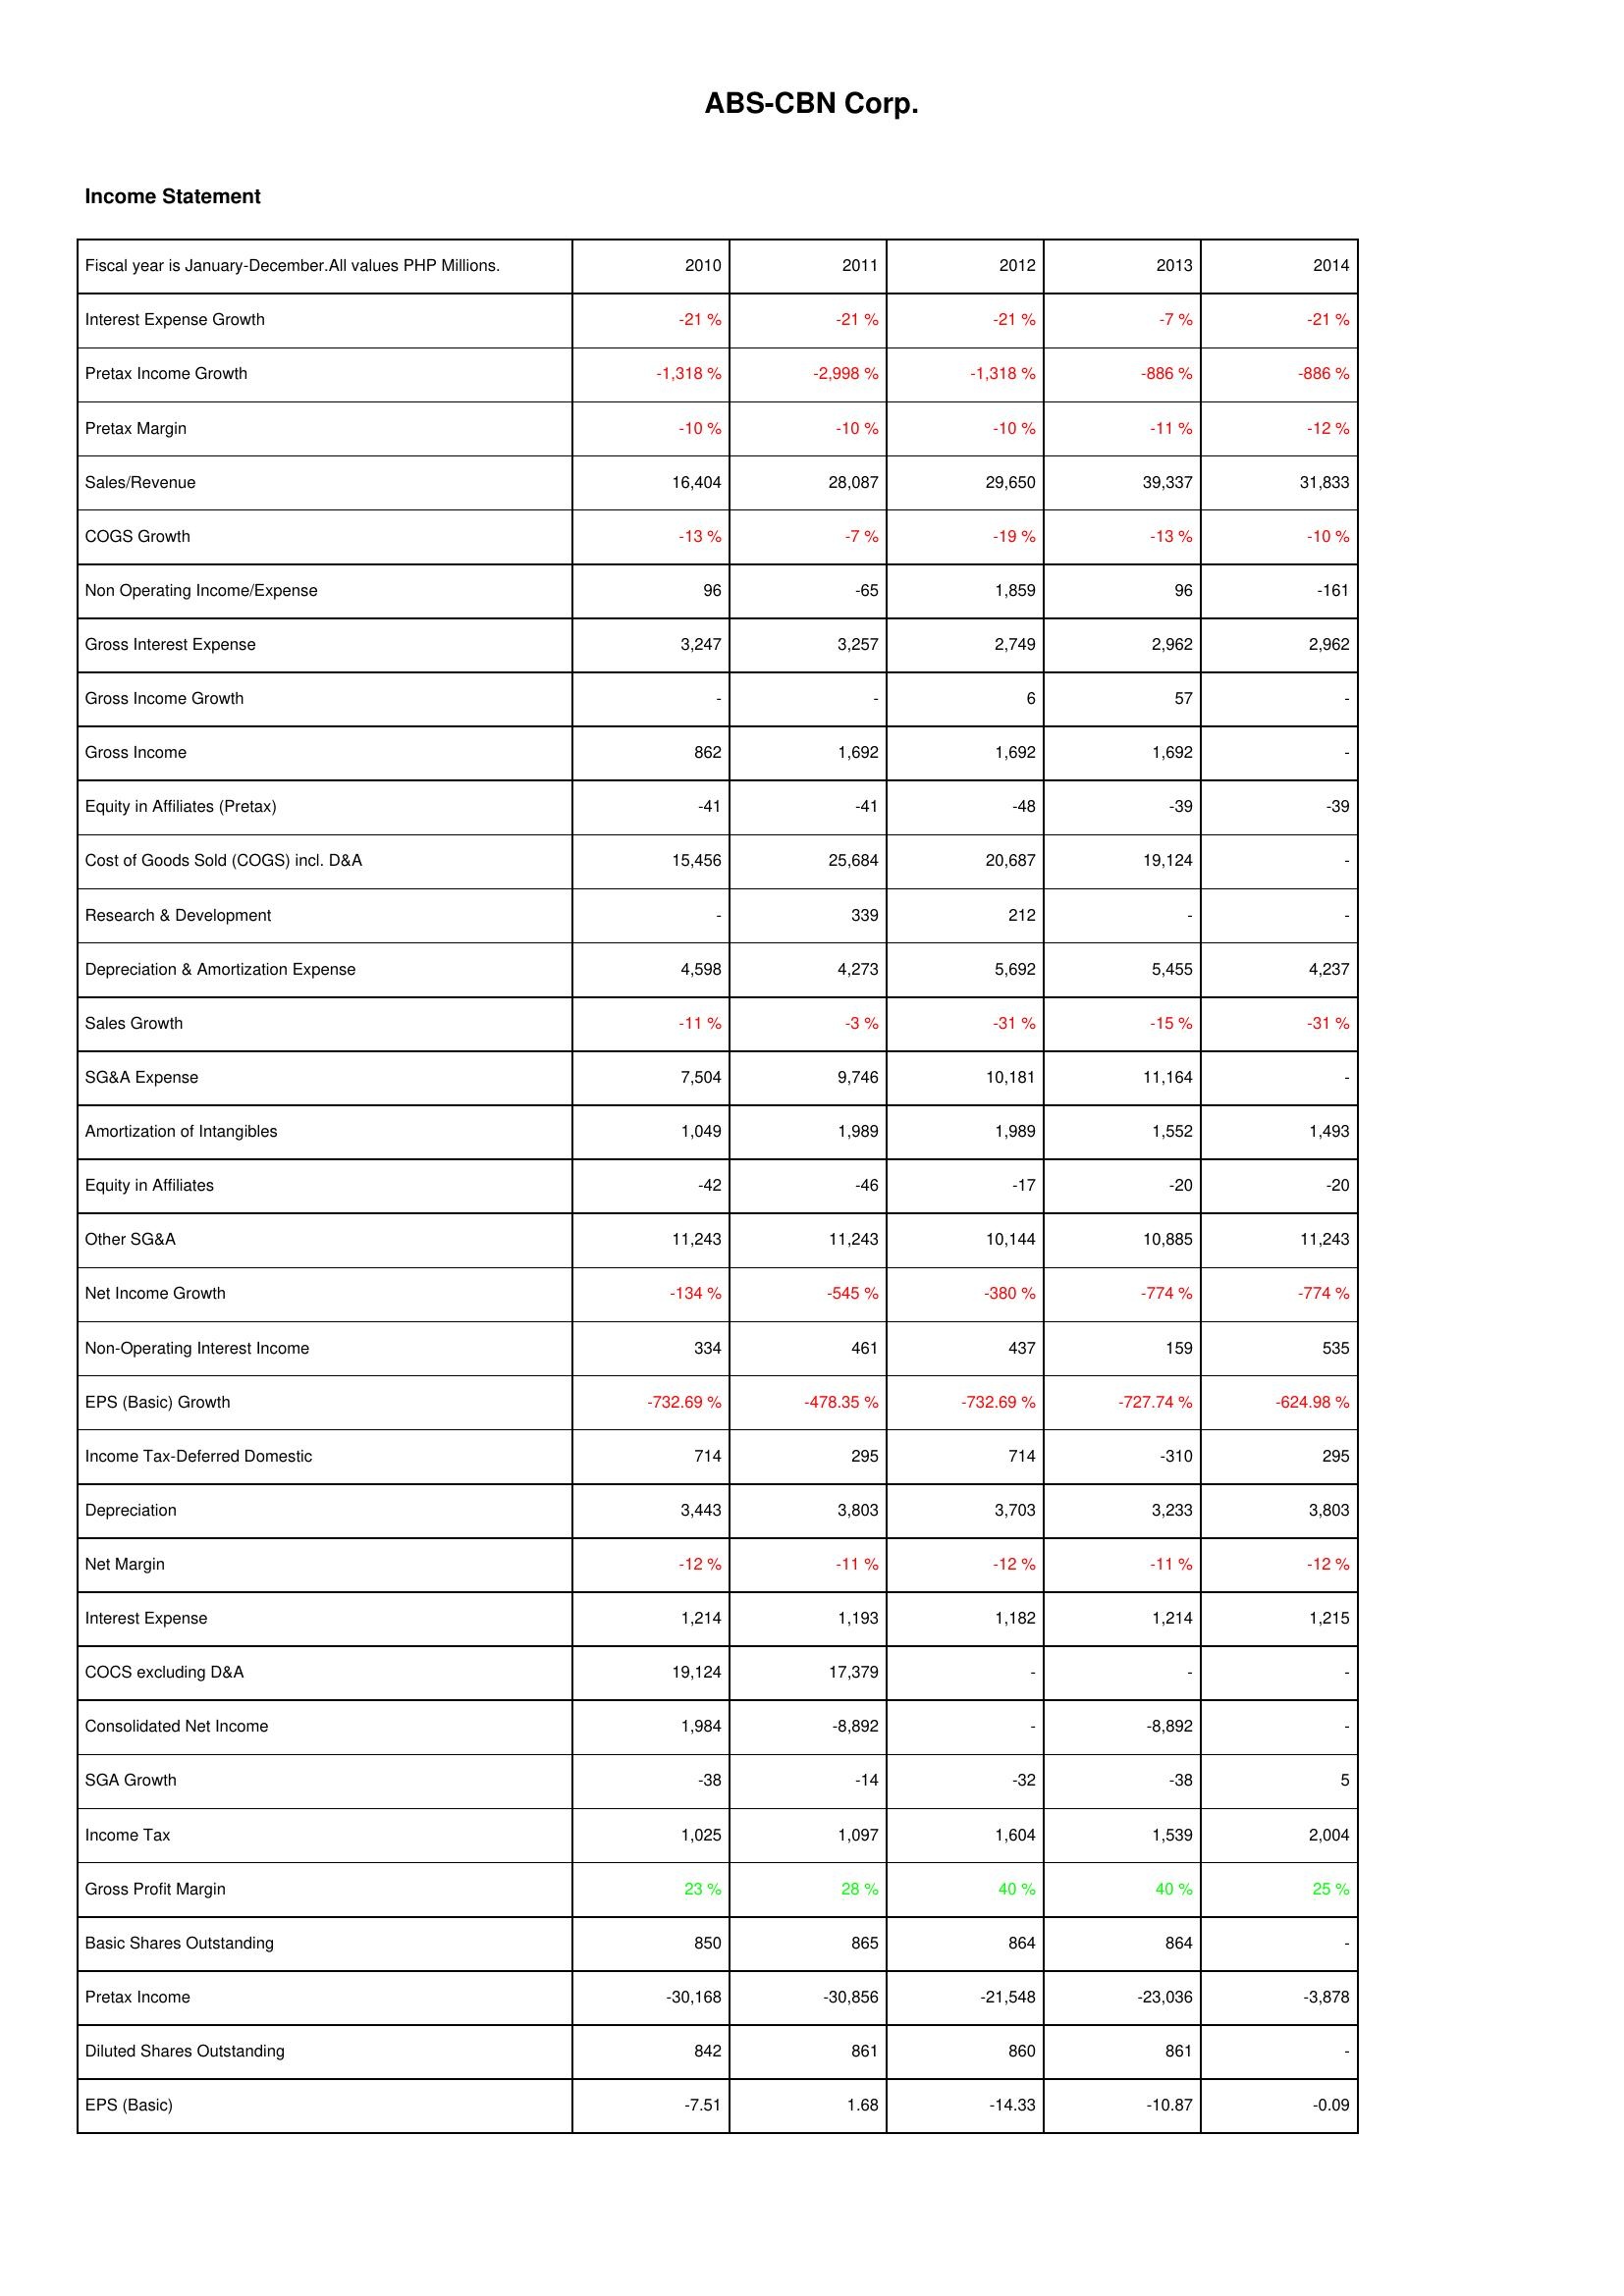
2010: Income Statement: Interest Expense Growth: -21 %
Pretax Income Growth: -1,318 %
Pretax Margin: -10 %
Sales/Revenue: 16,404
COGS Growth: -13 %
Non Operating Income/Expense: 96
Gross Interest Expense: 3,247
Gross Income Growth: -
Gross Income: 862
Equity in Affiliates (Pretax): -41
Cost of Goods Sold (COGS) incl. D&A: 15,456
Research & Development: -
Depreciation & Amortization Expense: 4,598
Sales Growth: -11 %
SG&A Expense: 7,504
Amortization of Intangibles: 1,049
Equity in Affiliates: -42
Other SG&A: 11,243
Net Income Growth: -134 %
Non-Operating Interest Income: 334
EPS (Basic) Growth: -732.69 %
Income Tax-Deferred Domestic: 714
Depreciation: 3,443
Net Margin: -12 %
Interest Expense: 1,214
COCS excluding D&A: 19,124
Consolidated Net Income: 1,984
SGA Growth: -38
Income Tax: 1,025
Gross Profit Margin: 23 %
Basic Shares Outstanding: 850
Pretax Income: -30,168
Diluted Shares Outstanding: 842
EPS (Basic): -7.51
2011: Income Statement: Interest Expense Growth: -21 %
Pretax Income Growth: -2,998 %
Pretax Margin: -10 %
Sales/Revenue: 28,087
COGS Growth: -7 %
Non Operating Income/Expense: -65
Gross Interest Expense: 3,257
Gross Income Growth: -
Gross Income: 1,692
Equity in Affiliates (Pretax): -41
Cost of Goods Sold (COGS) incl. D&A: 25,684
Research & Development: 339
Depreciation & Amortization Expense: 4,273
Sales Growth: -3 %
SG&A Expense: 9,746
Amortization of Intangibles: 1,989
Equity in Affiliates: -46
Other SG&A: 11,243
Net Income Growth: -545 %
Non-Operating Interest Income: 461
EPS (Basic) Growth: -478.35 %
Income Tax-Deferred Domestic: 295
Depreciation: 3,803
Net Margin: -11 %
Interest Expense: 1,193
COCS excluding D&A: 17,379
Consolidated Net Income: -8,892
SGA Growth: -14
Income Tax: 1,097
Gross Profit Margin: 28 %
Basic Shares Outstanding: 865
Pretax Income: -30,856
Diluted Shares Outstanding: 861
EPS (Basic): 1.68
2012: Income Statement: Interest Expense Growth: -21 %
Pretax Income Growth: -1,318 %
Pretax Margin: -10 %
Sales/Revenue: 29,650
COGS Growth: -19 %
Non Operating Income/Expense: 1,859
Gross Interest Expense: 2,749
Gross Income Growth: 6
Gross Income: 1,692
Equity in Affiliates (Pretax): -48
Cost of Goods Sold (COGS) incl. D&A: 20,687
Research & Development: 212
Depreciation & Amortization Expense: 5,692
Sales Growth: -31 %
SG&A Expense: 10,181
Amortization of Intangibles: 1,989
Equity in Affiliates: -17
Other SG&A: 10,144
Net Income Growth: -380 %
Non-Operating Interest Income: 437
EPS (Basic) Growth: -732.69 %
Income Tax-Deferred Domestic: 714
Depreciation: 3,703
Net Margin: -12 %
Interest Expense: 1,182
COCS excluding D&A: -
Consolidated Net Income: -
SGA Growth: -32
Income Tax: 1,604
Gross Profit Margin: 40 %
Basic Shares Outstanding: 864
Pretax Income: -21,548
Diluted Shares Outstanding: 860
EPS (Basic): -14.33
2013: Income Statement: Interest Expense Growth: -7 %
Pretax Income Growth: -886 %
Pretax Margin: -11 %
Sales/Revenue: 39,337
COGS Growth: -13 %
Non Operating Income/Expense: 96
Gross Interest Expense: 2,962
Gross Income Growth: 57
Gross Income: 1,692
Equity in Affiliates (Pretax): -39
Cost of Goods Sold (COGS) incl. D&A: 19,124
Research & Development: -
Depreciation & Amortization Expense: 5,455
Sales Growth: -15 %
SG&A Expense: 11,164
Amortization of Intangibles: 1,552
Equity in Affiliates: -20
Other SG&A: 10,885
Net Income Growth: -774 %
Non-Operating Interest Income: 159
EPS (Basic) Growth: -727.74 %
Income Tax-Deferred Domestic: -310
Depreciation: 3,233
Net Margin: -11 %
Interest Expense: 1,214
COCS excluding D&A: -
Consolidated Net Income: -8,892
SGA Growth: -38
Income Tax: 1,539
Gross Profit Margin: 40 %
Basic Shares Outstanding: 864
Pretax Income: -23,036
Diluted Shares Outstanding: 861
EPS (Basic): -10.87
2014: Income Statement: Interest Expense Growth: -21 %
Pretax Income Growth: -886 %
Pretax Margin: -12 %
Sales/Revenue: 31,833
COGS Growth: -10 %
Non Operating Income/Expense: -161
Gross Interest Expense: 2,962
Gross Income Growth: -
Gross Income: -
Equity in Affiliates (Pretax): -39
Cost of Goods Sold (COGS) incl. D&A: -
Research & Development: -
Depreciation & Amortization Expense: 4,237
Sales Growth: -31 %
SG&A Expense: -
Amortization of Intangibles: 1,493
Equity in Affiliates: -20
Other SG&A: 11,243
Net Income Growth: -774 %
Non-Operating Interest Income: 535
EPS (Basic) Growth: -624.98 %
Income Tax-Deferred Domestic: 295
Depreciation: 3,803
Net Margin: -12 %
Interest Expense: 1,215
COCS excluding D&A: -
Consolidated Net Income: -
SGA Growth: 5
Income Tax: 2,004
Gross Profit Margin: 25 %
Basic Shares Outstanding: -
Pretax Income: -3,878
Diluted Shares Outstanding: -
EPS (Basic): -0.09